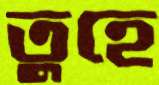
তুহে